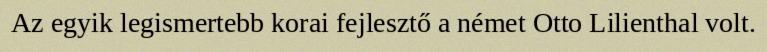
Az egyik legismertebb korai fejlesztő a német Otto Lilienthal volt.